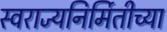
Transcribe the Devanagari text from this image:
स्वराज्यनिर्मितीच्या